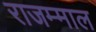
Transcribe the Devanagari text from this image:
राजम्माल